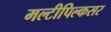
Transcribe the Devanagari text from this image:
मल्टीपिल्कसर